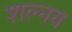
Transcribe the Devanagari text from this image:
शल्नय